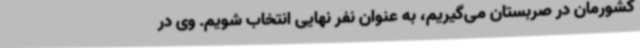
کشورمان در صربستان می‌گیریم، به عنوان نفر نهایی انتخاب شویم. وی در